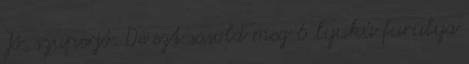
Jó, szuperjó. De ezt sasold meg 6 lyukú furulya